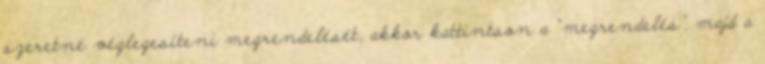
szeretné véglegesíteni megrendelését, akkor kattintson a “megrendelés”, majd a